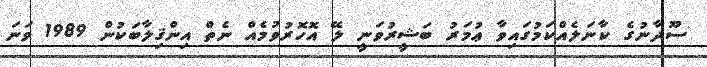
ސޫދާނުގެ ކާނަލެއްކަމުގައިވާ ޢުމަރު ބަޝީރުވަނީ ލޭ އޮހޮރުވުމެއް ނެތް އިންޤިލާބަކުން 1989 ވަނަ